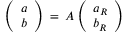
\left( \begin{array} { c } { { a } } \\ { { b } } \end{array} \right) \: = \: { \cal A } \left( \begin{array} { c } { { a _ { R } } } \\ { { b _ { R } } } \end{array} \right)